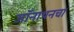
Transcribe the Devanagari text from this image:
जॉनाथनचा